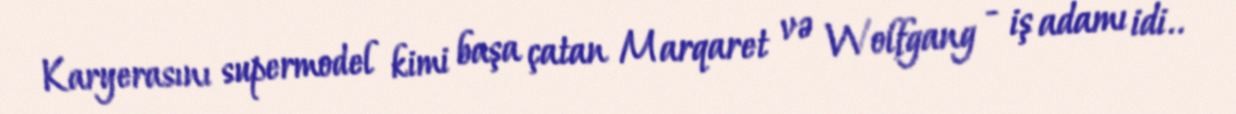
Karyerasını supermodel kimi başa çatan Marqaret və Wolfgang - iş adamı idi..